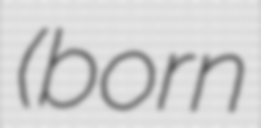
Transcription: (born